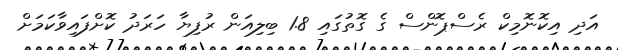
އަދި އިކޮނޮމިކް ރެސްޕޮންސް ގެ ގޮތުގައި 1.8 ބިލިއަން ރުފިޔާ ހަރަދު ކޮށްފައިވާކަމަށް